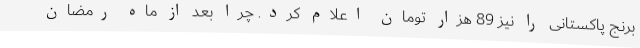
برنج پاکستانی را نیز 89 هزار تومان اعلام کرد. چرا بعد از ماه رمضان